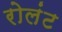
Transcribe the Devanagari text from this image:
रोलंट